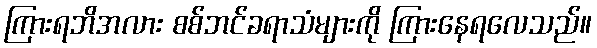
ကြားရဘိအလား စစ်ဘင်ခရာသံများကို ကြားနေရလေသည်။